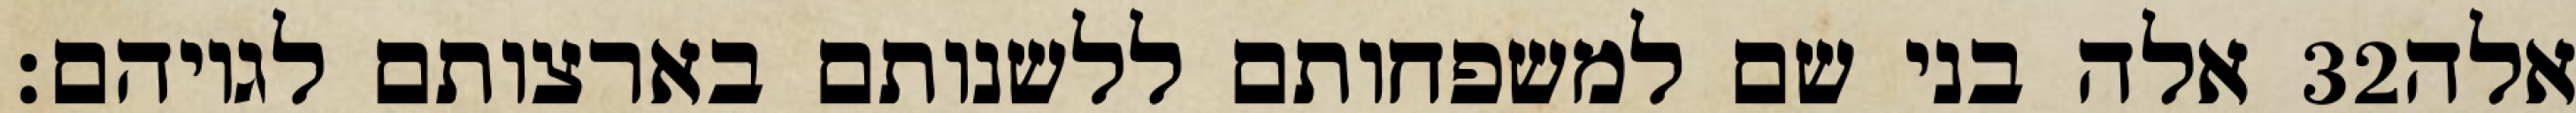
אלה בני שם למשפחותם ללשנותם בארצותם לגויהם׃ ‎32‏ אלה